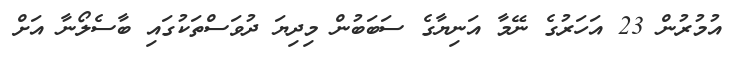
އުމުރުން 23 އަހަރުގެ ނޭމާ އަނިޔާގެ ސަބަބުން މިދިޔަ ދުވަސްތަކުގައި ބާސެލޯނާ އަށް